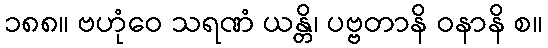
၁၈၈။ ဗဟုံဝေ သရဏံ ယန္တိ၊ ပဗ္ဗတာနိ ဝနာနိ စ။